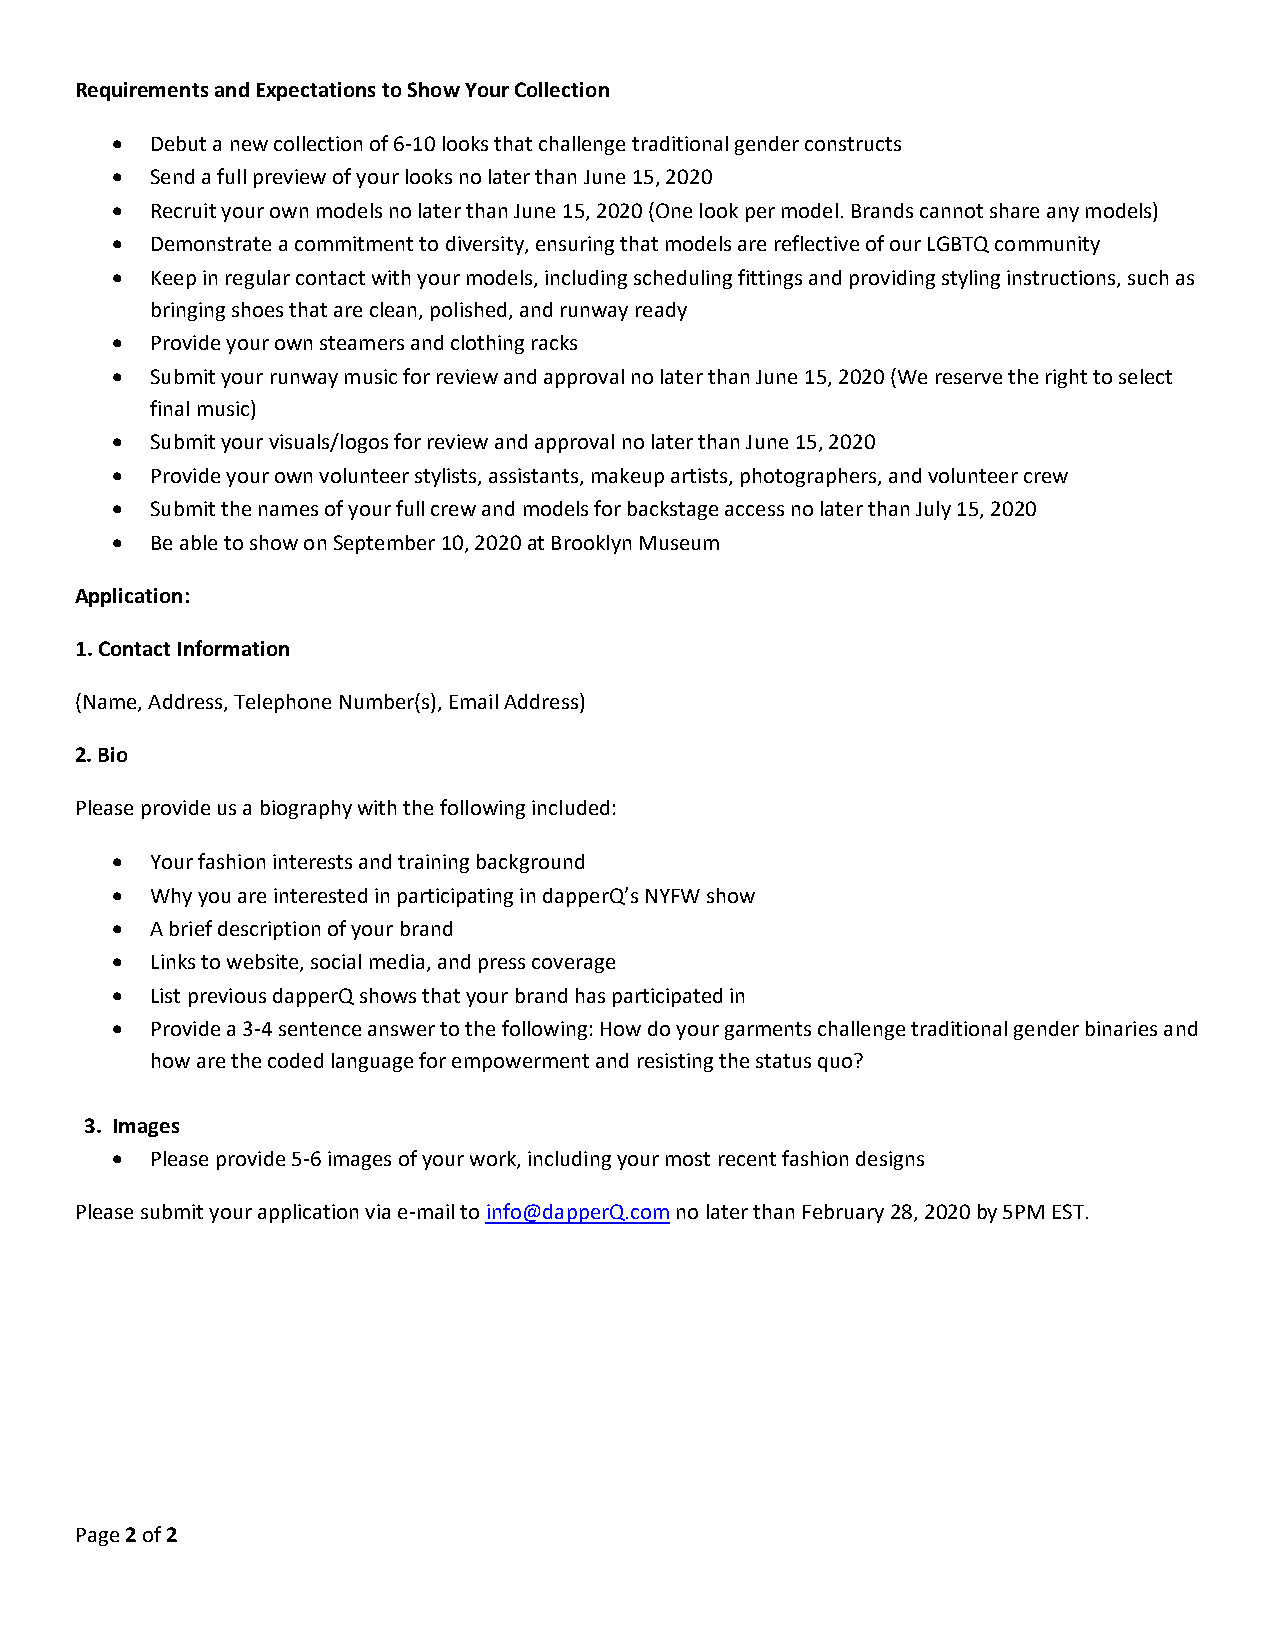
Requirements and Expectations to Show Your Collection
 •  Debut a new collection of 6-10 looks that challenge traditional gender constructs
 •  Send a full preview of your looks no later than June 15, 2020
 •  Recruit your own models no later than June 15, 2020 (One look per model. Brands cannot share any models)
 •  Demonstrate a commitment to diversity, ensuring that models are reflective of our LGBTQ community
 •  Keep in regular contact with your models, including scheduling fittings and providing styling instructions, such as
 bringing shoes that are clean, polished, and runway ready
 •  Provide your own steamers and clothing racks
 •  Submit your runway music for review and approval no later than June 15, 2020 (We reserve the right to select
 final music)
 •  Submit your visuals/logos for review and approval no later than June 15, 2020
 •  Provide your own volunteer stylists, assistants, makeup artists, photographers, and volunteer crew
 •  Submit the names of your full crew and models for backstage access no later than July 15, 2020
 •  Be able to show on September 10, 2020 at Brooklyn Museum
 Application:
 1. Contact Information
 (Name, Address, Telephone Number(s), Email Address)
 2. Bio
 Please provide us a biography with the following included:
 •  Your fashion interests and training background
 •  Why you are interested in participating in dapperQ’s NYFW show
 •  A brief description of your brand
 •  Links to website, social media, and press coverage
 •  List previous dapperQ shows that your brand has participated in
 •  Provide a 3-4 sentence answer to the following: How do your garments challenge traditional gender binaries and
 how are the coded language for empowerment and resisting the status quo?
 3. Images
 •  Please provide 5-6 images of your work, including your most recent fashion designs
 Please submit your application via e-mail to info@dapperQ.com no later than February 28, 2020 by 5PM EST.
 Page 2 of 2